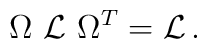
\Omega\ {\cal L}\ \Omega^{T}={\cal L}\, .